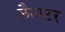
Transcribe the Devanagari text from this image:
लैन्स्टर